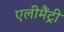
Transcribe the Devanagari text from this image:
एलीमैंट्री